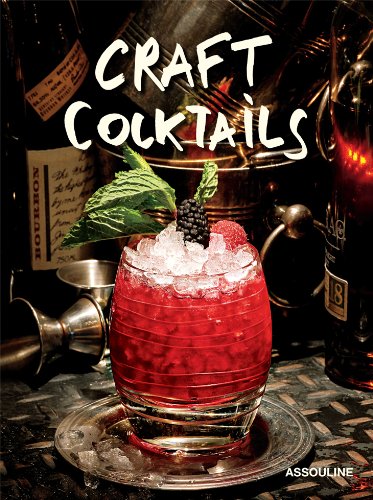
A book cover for Craft Cocktails; Brian Van Flandern; Cookbooks, Food & Wine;